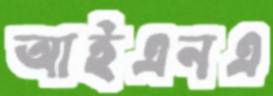
আইএনএ